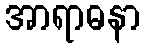
အာရာဓနာ